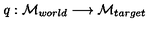
q : { \cal M } _ { w o r l d } \longrightarrow { \cal M } _ { t a r g e t }